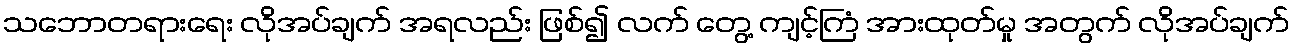
သဘောတရားရေး လိုအပ်ချက် အရလည်း ဖြစ်၍ လက် တွေ့ ကျင့်ကြံ အားထုတ်မှု အတွက် လိုအပ်ချက်